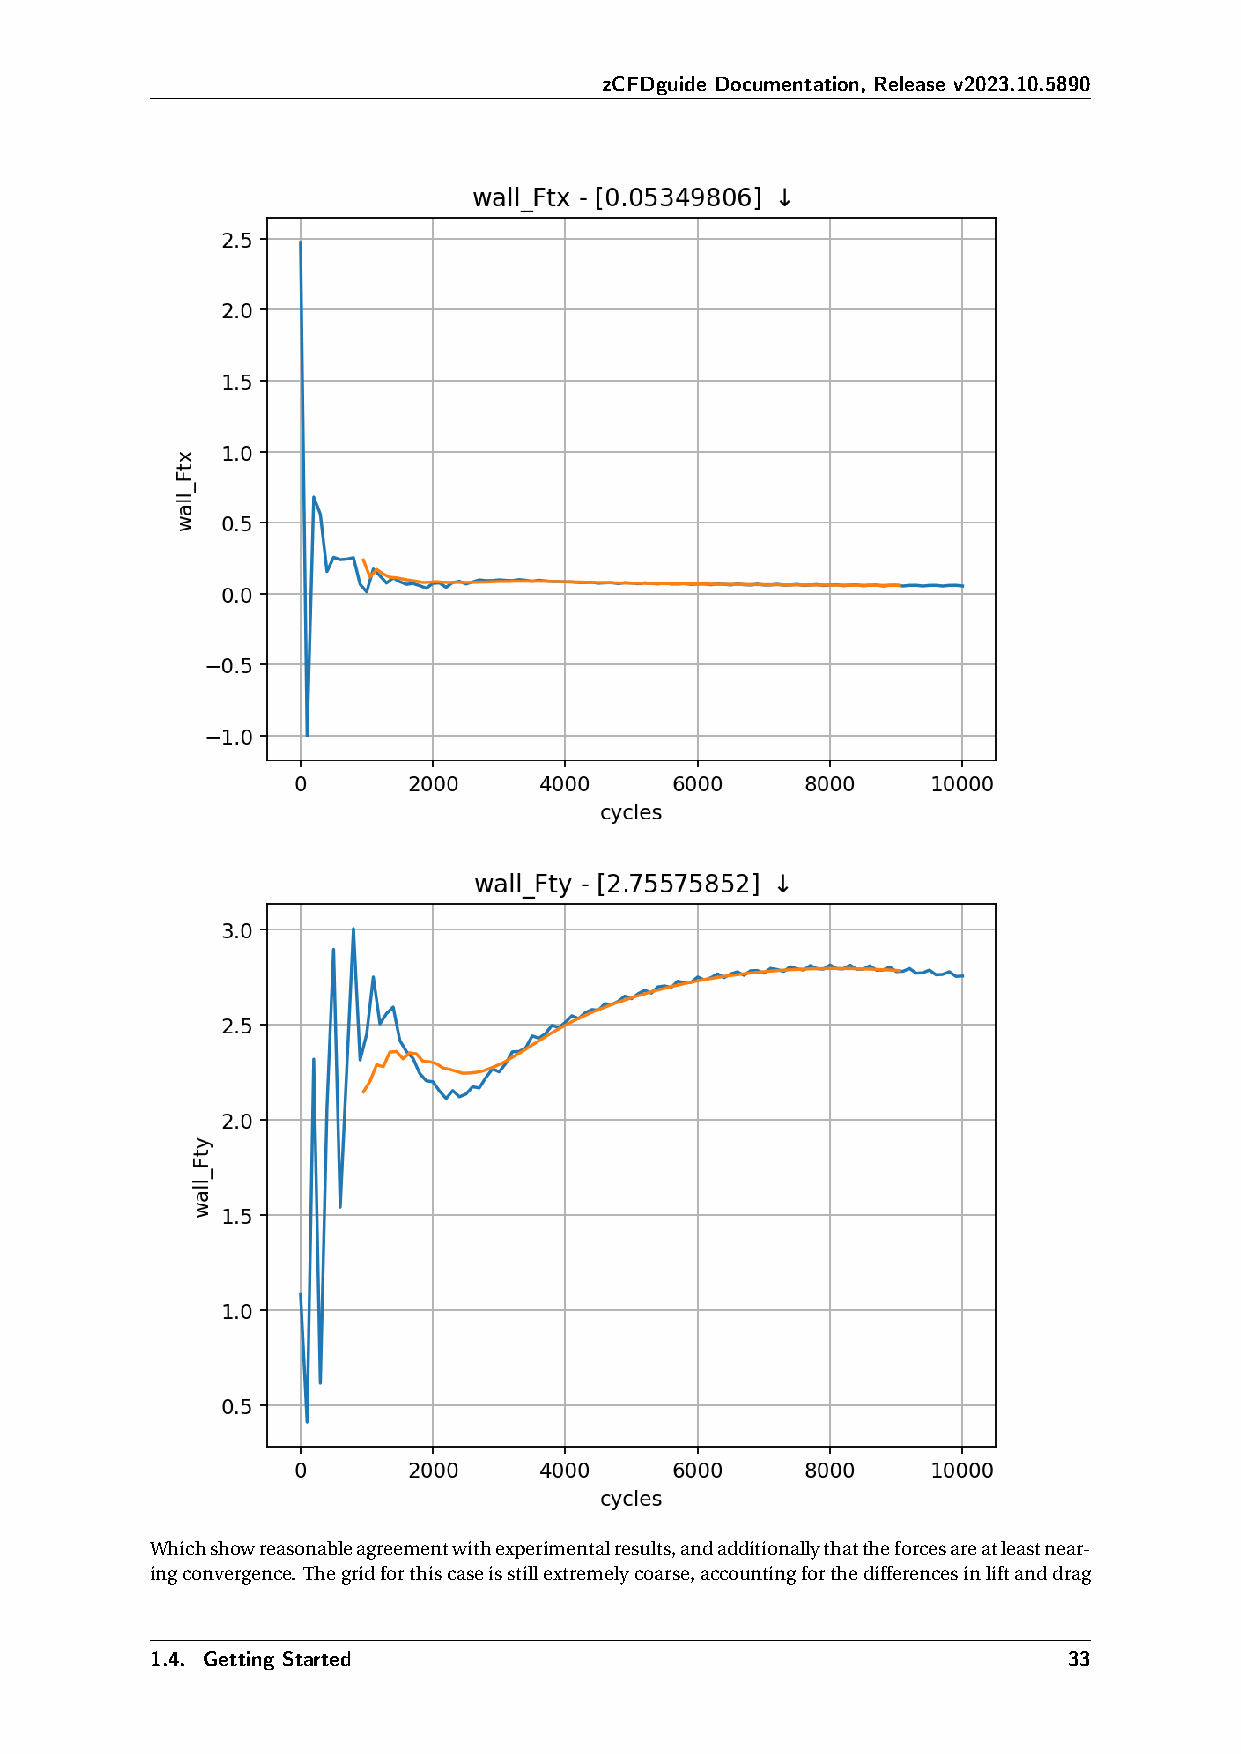
zCFDguide Documentation, Release v2023.10.5890
 Whichshowreasonableagreementwithexperimentalresults,andadditionallythattheforcesareatleastnear-
 ingconvergence. Thegridforthiscaseisstillextremelycoarse,accountingforthedifferencesinliftanddrag
 1.4. Getting Started                                         33